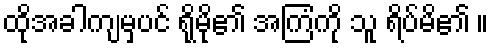
ထိုအခါကျမှပင် ရိုမို၏ အကြံကို သူ ရိပ်မိ၏ ။